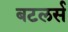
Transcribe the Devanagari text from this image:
बटलर्स